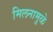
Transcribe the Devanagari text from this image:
मिलनामुळे